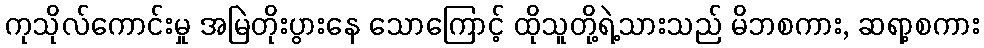
ကုသိုလ်ကောင်းမှု အမြဲတိုးပွားနေ သောကြောင့် ထိုသူတို့ရဲ့သားသည် မိဘစကား, ဆရာ့စကား